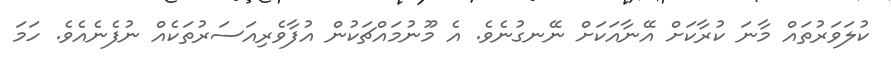
ކުލަވަރުތައް މާނަ ކުރާކަށް އޭނާއަކަށް ނޭނގުނެވެ. އެ މޫނުމައްޗަކުން އުފާވެރިއަސަރުތަކެއް ނުފެނެއެވެ. ހަމަ